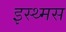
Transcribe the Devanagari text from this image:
इस्थ्मस